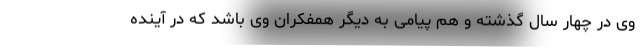
وی در چهار سال گذشته و هم پیامی به دیگر همفکران وی باشد که در آینده